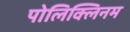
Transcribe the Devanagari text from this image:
पोलिक्लिनम